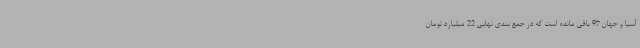
آسیا و جهان 97 باقی مانده است که در جمع بندی نهایی 22 میلیارد تومان